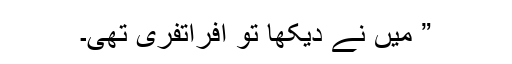
” میں نے دیکھا تو افراتفری تھی۔